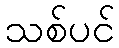
သစ်ပင်